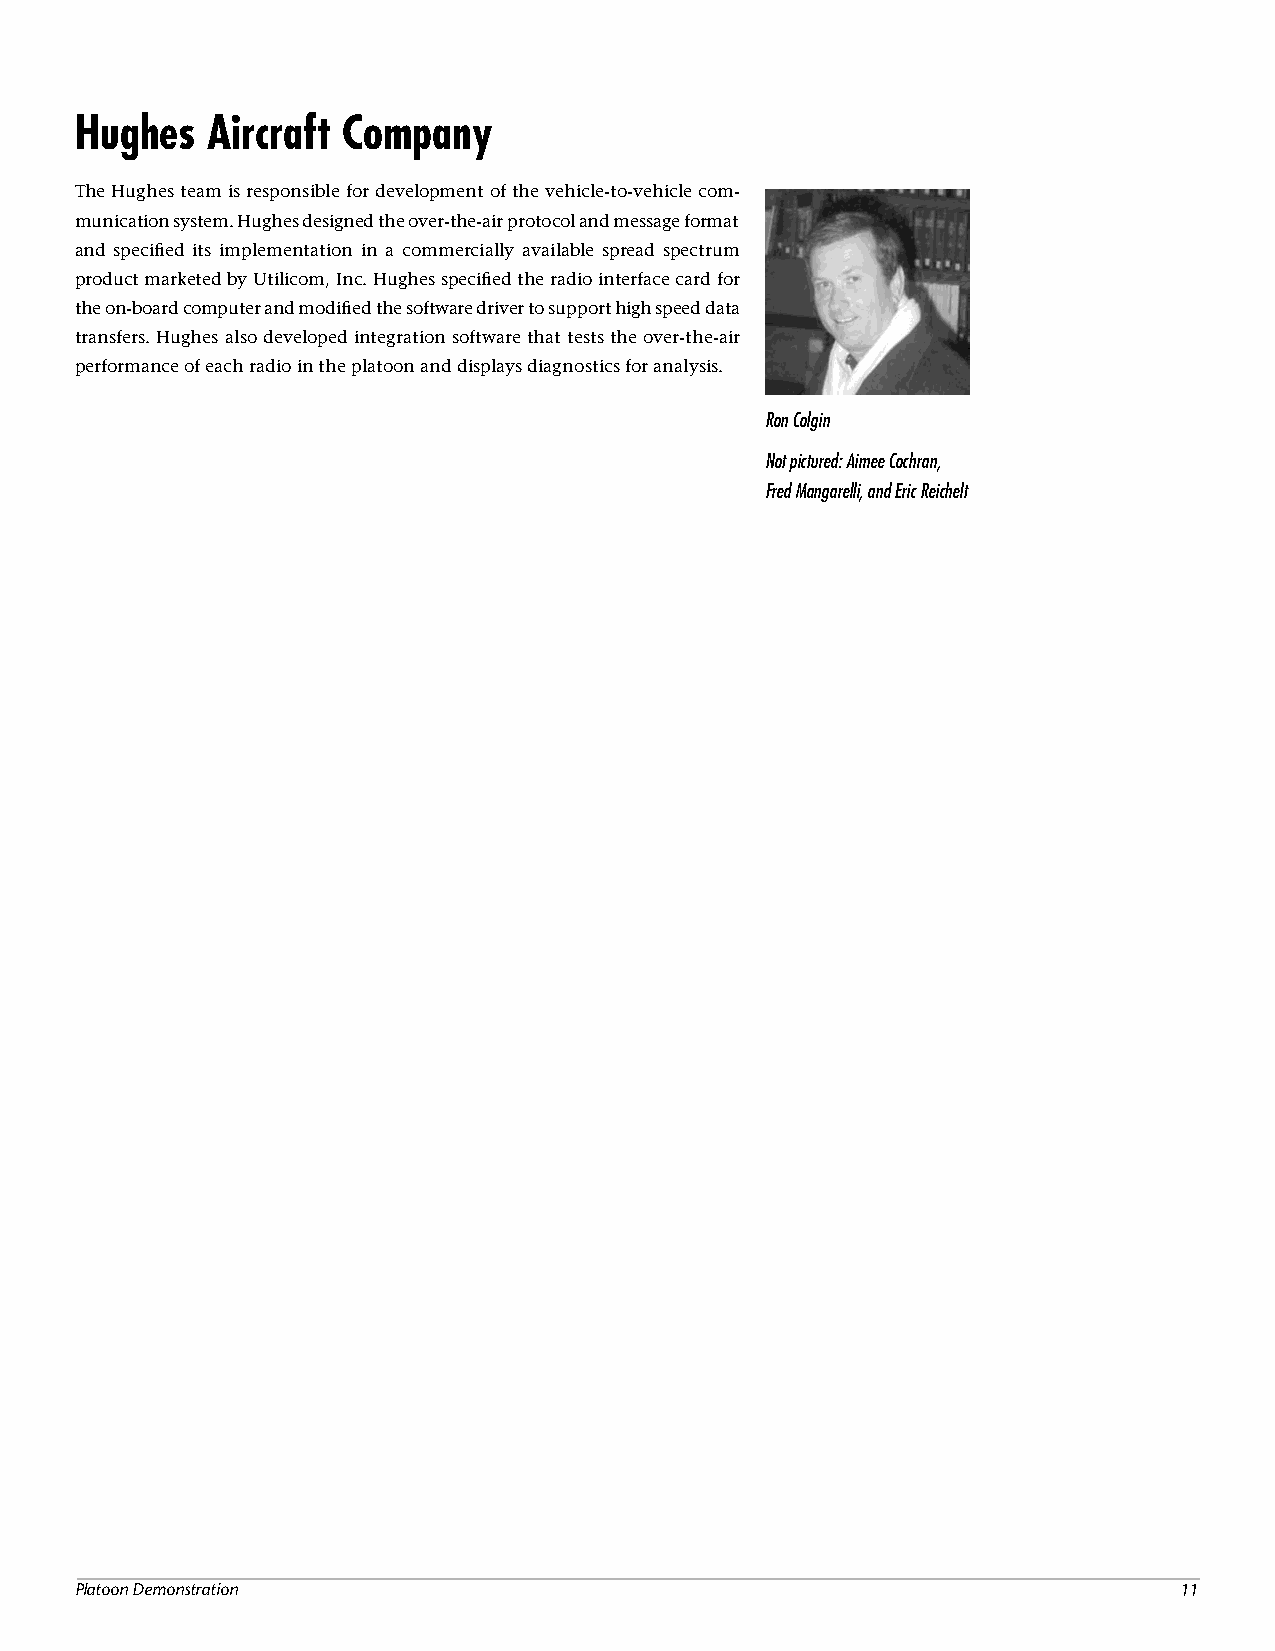
Hughes   Aircraft Company
 The Hughes team is responsible for development of the vehicle-to-vehicle com-
 munication system. Hughes designed the over-the-air protocol and message format
 and specified its implementation in a commercially available spread spectrum
 product marketed by Utilicom, Inc. Hughes specified the radio interface card for
 the on-board computer and modified the software driver to support high speed data
 transfers. Hughes also developed integration software that tests the over-the-air
 performance of each radio in the platoon and displays diagnostics for analysis.
 Ron Colgin
 Not pictured: Aimee Cochran,
 Fred Mangarelli, and Eric Reichelt
 Platoon Demonstration                                                    